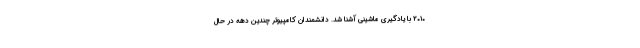
۲۰۱۰ با یادگیری ماشینی آشنا شد. دانشمندان کامپیوتر چندین دهه در حال